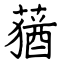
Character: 蕕